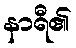
နာရီ၏